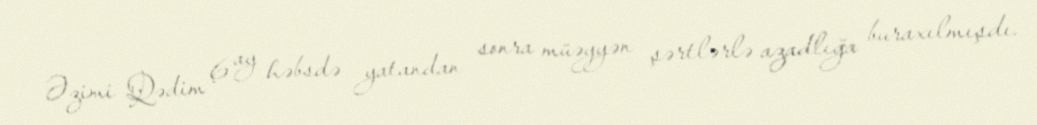
Əzimi Qədim 6 ay həbsdə yatandan sonra müəyyən şərtlərlə azadlığa buraxılmışdı.